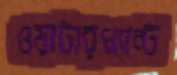
ওয়াটারপ্ল্যান্ট